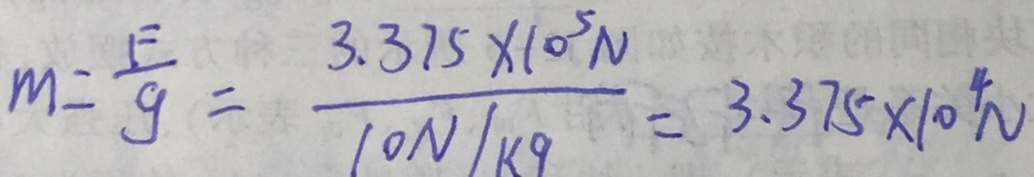
m = \frac { F } { g } = \frac { 3 . 3 7 5 \times 1 0 ^ { 5 } N } { 1 0 N / k g } = 3 . 3 7 5 \times 1 0 ^ { 4 } N